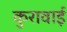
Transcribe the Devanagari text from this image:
कुरावाई